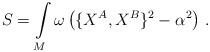
\begin{align*}S=\int\limits_M\omega\left(\{X^A,X^B\}^2-\alpha^2\right)\,.\end{align*}